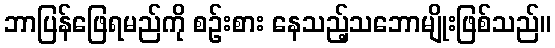
ဘာပြန်ဖြေရမည်ကို စဉ်းစား နေသည့်သဘောမျိုးဖြစ်သည်။